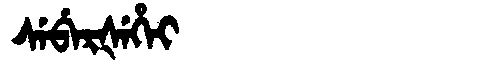
Manchu: ᠰᡝᠪᡝᡵᡧᡝᡥᡝᡳ
Romanization: SEBERŠEHEI